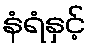
နံရံနှင့်